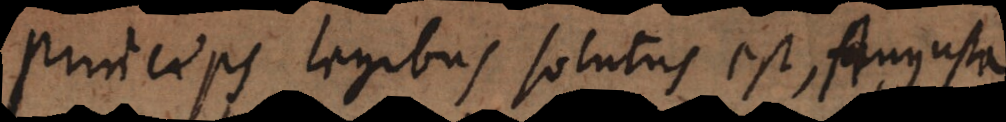
Princeps legibus solutus est, Augusta